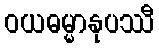
ဝယဓမ္မာနုပဿီ